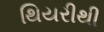
થિયરીથી